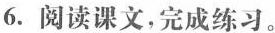
6. 阅读课文，完成练习。